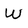
Character: w